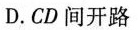
D.CD间开路